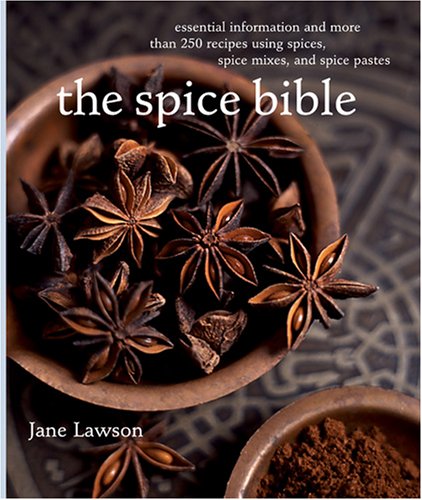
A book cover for The Spice Bible: Essential Information and More Than 250 Recipes Using Spices, Spice Mixes, and Spice Pastes; Jane Lawson; Cookbooks, Food & Wine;